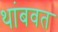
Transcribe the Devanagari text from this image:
थांबवत